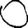
Digit: 0